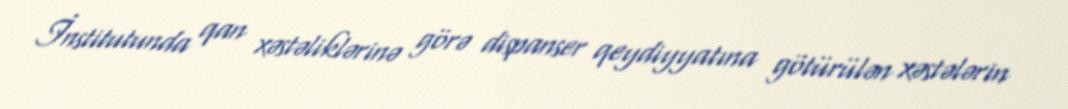
İnstitutunda qan xəstəliklərinə görə dispanser qeydiyyatına götürülən xəstələrin